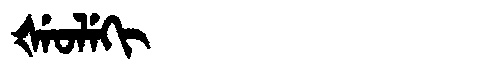
Manchu: ᡧᡝᠣᠯᡝᡴᡳ
Romanization: ŠEOLEKI